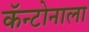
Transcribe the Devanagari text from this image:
कॅन्टोनाला